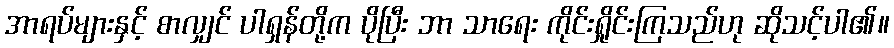
အာရပ်များနှင့် စာလျှင် ပါရှန်တို့က ပိုပြီး ဘာ သာရေး ကိုင်းရှိုင်းကြသည်ဟု ဆိုသင့်ပါ၏။